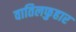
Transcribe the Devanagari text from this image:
वातिलफुहार